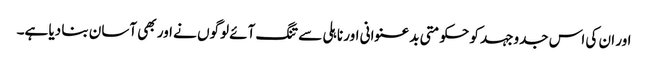
اور ان کی اس جدوجہد کو حکومتی بدعنوانی اور ناہلی سے تنگ آئے لوگوں نے اور بھی آسان بنا دیا ہے۔